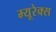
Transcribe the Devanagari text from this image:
म्यूरेक्स